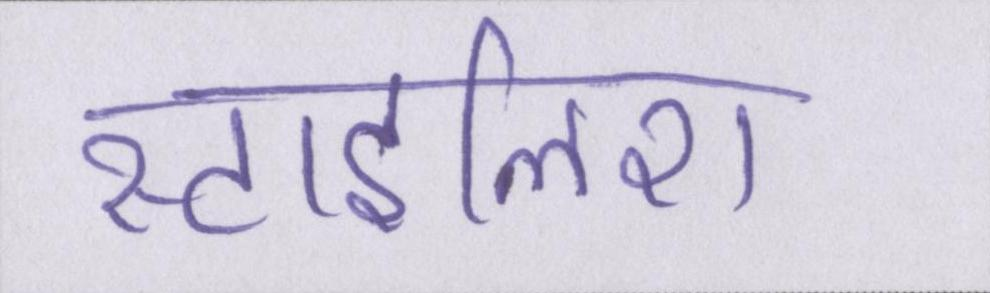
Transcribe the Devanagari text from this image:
स्टाइलिश